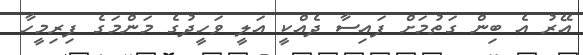
އޭރު އެ ބިން ގަތުމަށް ފައިސާ ދެއްކީ އަލީ ވަހީދުގެ މަންމަގެ ފިރިމީހާ